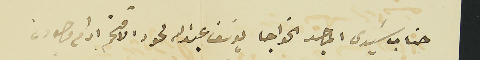
جناب سَيدي الماجد الخواجا يوسَف عبدالله لحود الافخم ادام وجوده